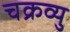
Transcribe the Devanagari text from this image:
चक्रव्यु